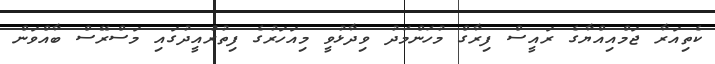
ކެތިއަރާ ޖަމްއިއްޔާގެ ރައީސް ފިރާގް މުހަންމަދު ވިދާޅުވީ މިއަހަރުގެ ފިތުރުއީދުގައި މަސްރޭސް ބާއްވަން